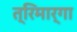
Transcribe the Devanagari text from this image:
त्रिमार्गा